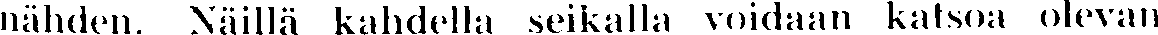
nähden. Näillä kahdella seikalla voidaan katsoa olevan